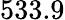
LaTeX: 533.9